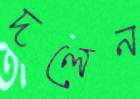
দলেন